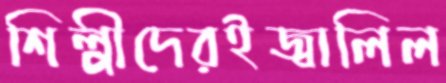
শিল্পীদেরইজ্বালিল